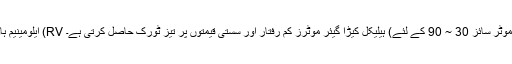
A1: ایلومینیم ہاؤسنگ باڈی (RV سیریز کرم گیئر موٹر سائز 30 ~ 90 کے لئے) ہیلیکل کیڑا گیئر موٹرز کم رفتار اور سستی قیمتوں پر تیز ٹورک حاصل کرتی ہے۔